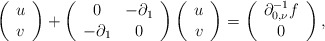
\begin{align*}\left(\begin{array}{c}u\\v\end{array}\right)+\left(\begin{array}{cc}0 & -\partial_{1}\\-\partial_{1} & 0\end{array}\right)\left(\begin{array}{c}u\\v\end{array}\right)=\left(\begin{array}{c}\partial_{0,\nu}^{-1}f\\0\end{array}\right),\end{align*}